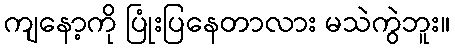
ကျနော့ကို ပြုံးပြနေတာလား မသဲကွဲဘူး။